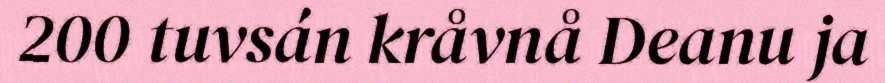
200 tuvsán kråvnå Deanu ja